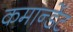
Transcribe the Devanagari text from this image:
कमान्डेंट